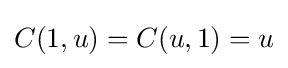
C(1,u)=C(u,1)=u